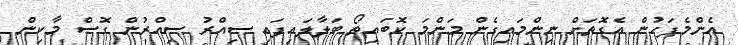
އެންމެފަހުން އެގޮތަށް ނިންމައިގެން މަންމަ ކޮބައިތޯ ބަލާލައިފައި ސިއްރު ސިއްރުން ގޮސް މާކިން